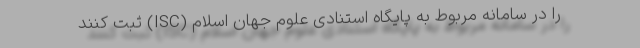
را در سامانه مربوط به پایگاه استنادی علوم جهان اسلام (ISC) ثبت کنند